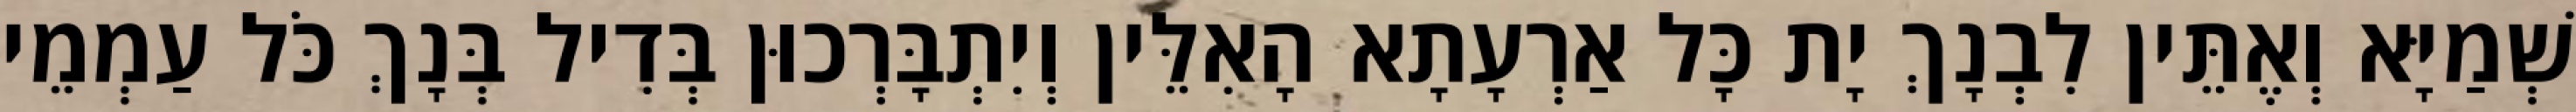
שְׁמַיָּא וְאֶתֵּין לִבְנָךְ יָת כָּל אַרְעָתָא הָאִלֵּין וְיִתְבָּרְכוּן בְּדִיל בְּנָךְ כֹּל עַמְמֵי